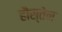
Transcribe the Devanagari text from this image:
हौस्तेन